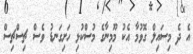
އެ ދެ މިސައިލް ގޮވުމާ އެކު މޫމިނާގެ މުސްކުޅި ހަށިގަނޑު ވެސް ޗިސްޗިސް